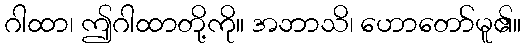
ဂါထာ၊ ဤဂါထာတို့ကို။ အဘာသိ၊ ဟောတော်မူ၏။